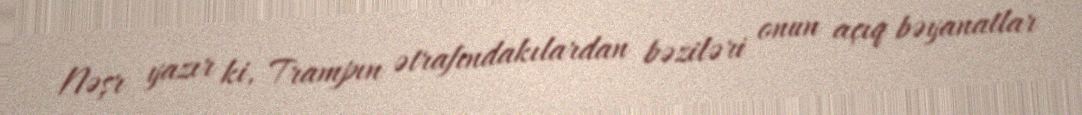
Nəşr yazır ki, Trampın ətrafındakılardan bəziləri onun açıq bəyanatlar